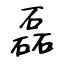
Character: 磊